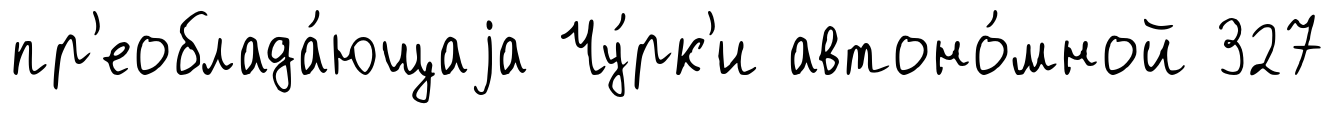
пр'еоблада́ющаjа Чу́рк'и автоно́мной 327